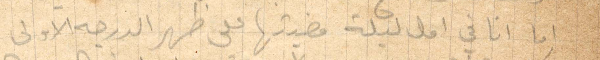
أما انا في اول ليلة قضيتها على ظهر الدرجة الأولى